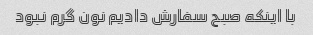
با اینکه صبح سفارش دادیم نون گرم نبود